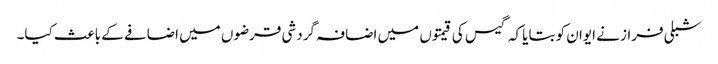
شبلی فراز نے ایوان کو بتایا کہ گیس کی قیمتوں میں اضافہ گردشی قرضوں میں اضافے کے باعث کیا۔